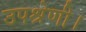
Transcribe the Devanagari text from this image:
उपश्रेणी।